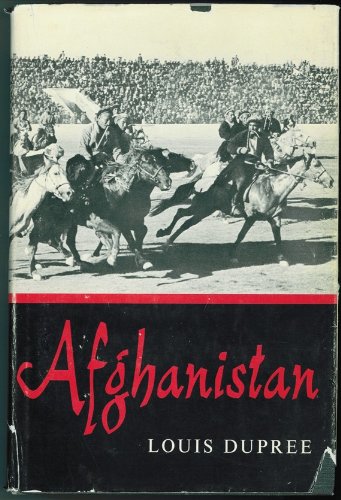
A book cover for Afghanistan (Princeton Legacy Library); Louis Dupree; Travel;